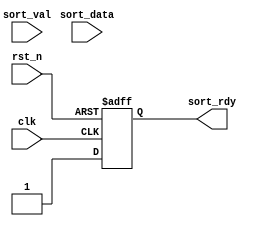
//------------------------------------------------------------------------------
// Universitatea Transilvania din Brasov
// Proiect     : Limbaje de descriere hardware
// Autor       : Popovici Andreea-Maria
// Data        : 25/05/2021
//------------------------------------------------------------------------------
// Descriere   :  Receptorul de date al modulului sort_pipe
//------------------------------------------------------------------------------


module receptor#(
parameter DATA_WIDTH = 'd8
) (
input 					  rst_n,
input 					  clk,

output  reg 			  sort_rdy,
input   			      sort_val,
input  [DATA_WIDTH-1 :0]  sort_data
);


always @(posedge clk or negedge rst_n)
	if(~rst_n)   sort_rdy <= 1'b0; else
			sort_rdy <= 1'b1; //mereu pregatit
endmodule